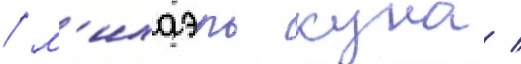
/ м'ихаэль куна /